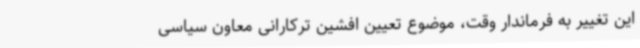
این تغییر به فرماندار وقت، موضوع تعیین افشین ترکارانی معاون سیاسی